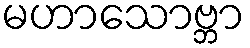
မဟာသောဗ္ဘာ